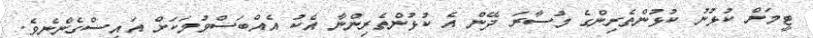
ޓީމަށް ކުޅުނު ކުޅުންތެރިންގެ މުސާރަ ދޭން އެ ކުޅުންތެރިންނާ އެކު އެއްބަސްވުމަކަށް އައިސްގެންނެވެ.